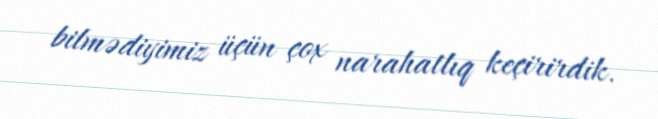
bilmədiyimiz üçün çox narahatlıq keçirirdik.